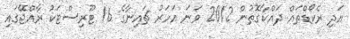
އަދި ރެކޯޑްތައް ދައްކާގޮތުން 2012 ވަނަ އަހަރު ޗައިނާގެ 16 ޓޫރިސްޓަކު ރާއްޖޭގައި